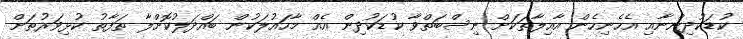
ކުޑަކުދިންނާއި އެހެނިހެން އާއިލާތަކަށް ނިސްބަތްވާ ކުޑަކުދިން އެއް މާހައުލަކުން ބައްދަލުކޮށްލާ ތަފާތު ކުޅިވަރުތަށް